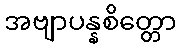
အဗျာပန္နစိတ္တော